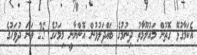
އެކަމާގުޅޭ ގޮތުން މައުލޫމާތު ދިނުމުގެ ބައްދަލުވުން އޮންނާނީ މިމަހުގެ 25 ވަނަ ދުވަހުގެ